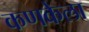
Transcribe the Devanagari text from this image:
कणकेला